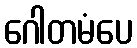
ဂေါတမံပေ